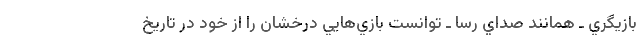
بازيگري ـ همانند صداي رسا ـ توانست بازي‌هايي درخشان را از خود در تاريخ